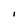
Character: I